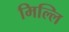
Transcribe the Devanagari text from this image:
मिल्लि